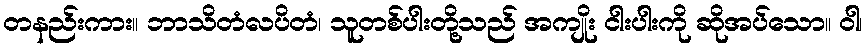
တနည်းကား။ ဘာသိတံလပိတံ၊ သူတစ်ပါးတို့သည် အကျိုး ငါးပါးကို ဆိုအပ်သော။ ဝါ၊